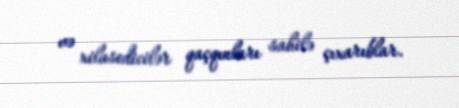
və xilasedicilər qaçqınları sahilə çıxarıblar.